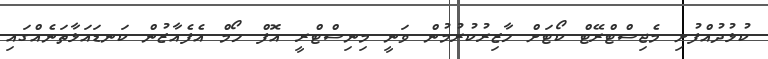
ކުޅުދުއްފުށި މެޖިސްޓްރޭޓް ކޯޓަށް ހާޒިރުކުރުމުން ވަނީ މިނިސްޓްރީ އޮފް ހޯމް އެފެއާޒުން ކަނޑައަޅާތަނެއްގައި